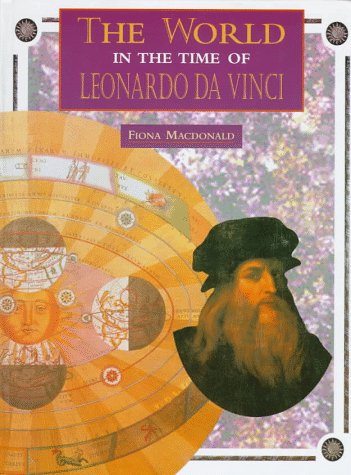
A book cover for The World in the Time of Leonardo Da Vinci (The World in the Time of Series); Fiona MacDonald; Children's Books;